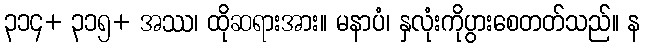
၃၁၄+ ၃၁၅+ အဿ၊ ထိုဆရားအား။ မနာပံ၊ နှလုံးကိုပွားစေတတ်သည်။ န